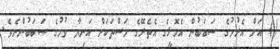
() އަށް އެރުމުގެ ސަބަބުން އެހޮޅީގެ އެތެރޭގެ މަސްތަކަށް އަނިޔާ ވުމުގެ ސަބަބުންނެވެ.